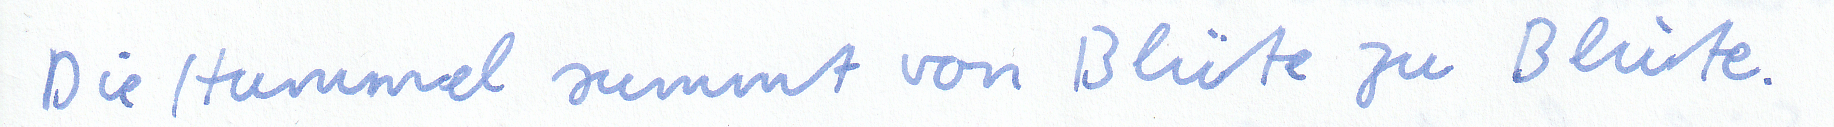
Die Hummel summt von Blüte zu Blüte.